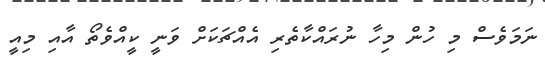
ނަމަވެސް މި ހުން މިހާ ނުރައްކާތެރި އެއްޗަކަށް ވަނީ ކީއްވެތޯ އާއި މިއީ